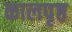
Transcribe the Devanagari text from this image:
कालपृष्ठ